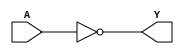
module gate(A,Y);

    input A;
    output Y;


    not (Y,A);

endmodule